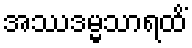
အဿဒမ္မသာရထိံ